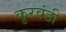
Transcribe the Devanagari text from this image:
कुरवंडी